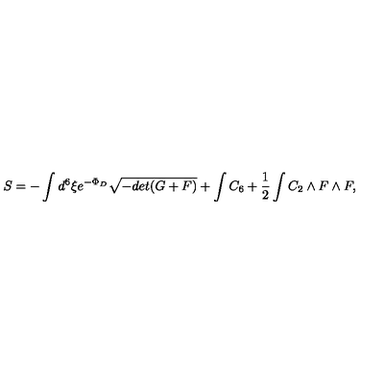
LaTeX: S = - \int d ^ { 6 } \xi e ^ { - \Phi _ { D } } \sqrt { - d e t ( G + F ) } + \int C _ { 6 } + { \frac { 1 } { 2 } } \int C _ { 2 } \wedge F \wedge F ,